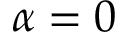
\alpha = 0